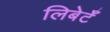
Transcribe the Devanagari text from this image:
लिबेर्टॅ